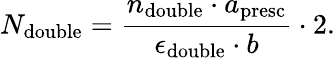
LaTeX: N_{\mathrm{double}}=\frac{n_{\mathrm{double}}\cdot a_{\mathrm{presc}}}{\epsilon_{\mathrm{double}}\cdot b}\cdot 2.